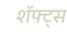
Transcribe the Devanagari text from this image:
शॅफ्ट्स